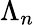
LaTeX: \Lambda_{n}